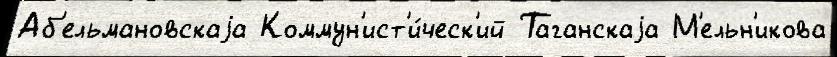
Аб'ельмановскаjа Коммун'ист'и́ческ'ий Таганскаjа М'ельн'икова